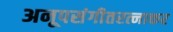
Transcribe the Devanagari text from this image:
अनूपसंगीतरत्नाकर